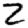
Digit: 2